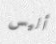
أليس